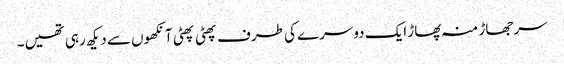
سرجھاڑ منہ پھاڑ ایک دوسرے کی طرف پھٹی پھٹی آنکھوں سے دیکھ رہی تھیں۔